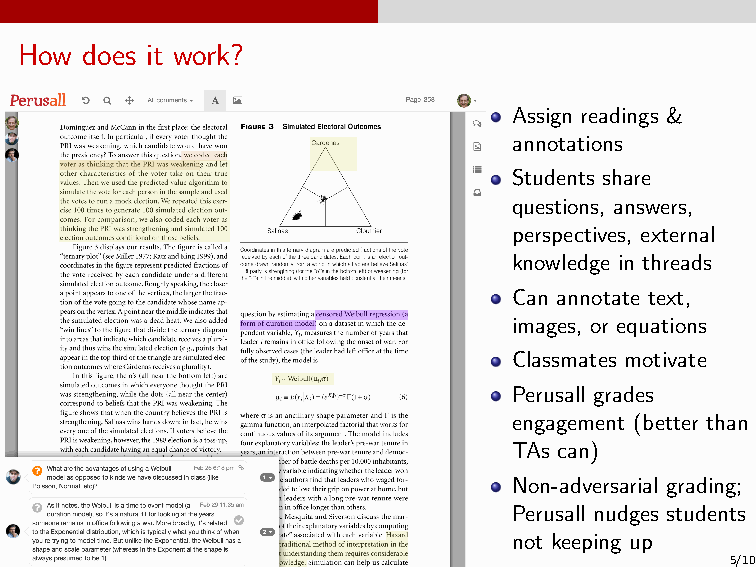
How does it work?
 Assign readings &
 annotations
 Students share
 questions, answers,
 perspectives, external
 knowledge in threads
 Can annotate text,
 images, or equations
 Classmates motivate
 Perusall grades
 engagement (better than
 TAs can)
 Non-adversarial grading;
 Perusall nudges students
 not keeping up
 5/10